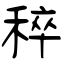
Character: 稡